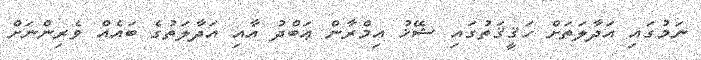
ނަމުގައި އަދާލަތަށް ހަޤީޤަތުގައި ޝޭޚު އިމްރާން ޢަބްދު އާއި އަދާލަތުގެ ބައެއް ވެރިންނަށް